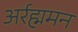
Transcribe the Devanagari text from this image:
अर्रह्ममन